Annual administration report of the Civil Veterinary Department of India - 1907-1908
Year: 1907
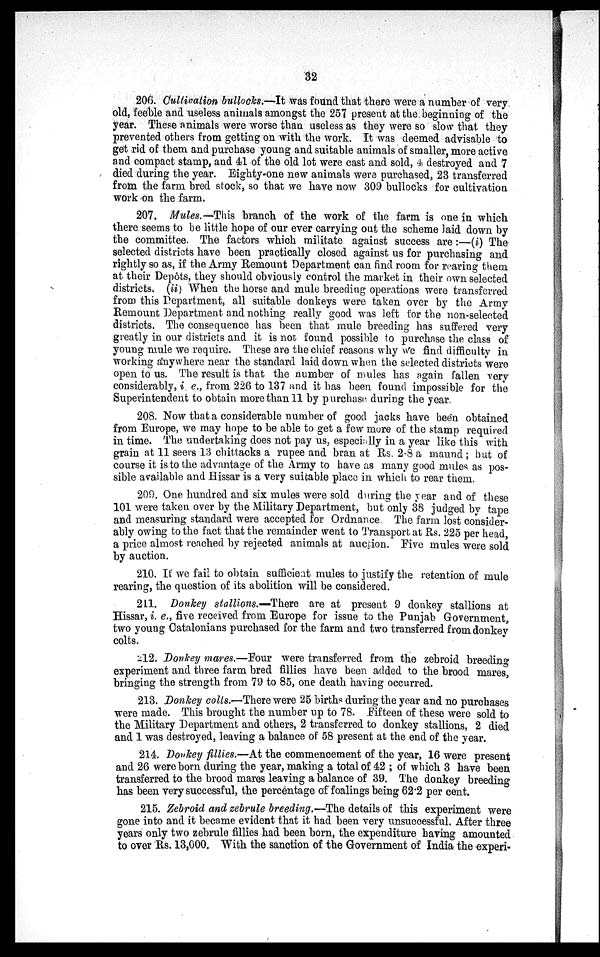
32
206. Cultivation bullocks.—It was found that there were a number of very
old, feeble and useless animals amongst the 257 present at the beginning of the
year. These animals were worse than useless as they were so slow that they
prevented others from getting on with the work. It was deemed advisable to
get rid of them and purchase young and suitable animals of smaller, more active
and compact stamp, and 41 of the old lot were cast and sold, 4 destroyed and 7
died during the year. Eighty-one new animals were purchased, 23 transferred
from the farm bred stock, so that we have now 309 bullocks for cultivation
work on the farm.
207. Mules.—This branch of the work of the farm is one in which
there seems to be little hope of our ever carrying out the scheme laid down by
the committee. The factors which militate against success are:—(i) The
selected districts have been practically closed against us for purchasing and
rightly so as, if the Army Remount Department can find room for rearing them
at their Depôts, they should obviously control the market in their own selected
districts. (ii) When the horse and mule breeding operations were transferred
from this Department, all suitable donkeys were taken over by the Army
Remount Department and nothing really good was left for the non-selected
districts. The consequence has been that mule breeding has suffered very
greatly in our districts and it is not found possible to purchase the class of
young mule we require. These are the chief reasons why we find difficulty in
working anywhere near the standard laid down when the selected districts were
open to us. The result is that the number of mules has again fallen very
considerably, i. e., from 226 to 137 and it has been found impossible for the
Superintendent to obtain more than 11 by purchase during the year.
208. Now that a considerable number of good jacks have been obtained
from Europe, we may hope to be able to get a few more of the stamp required
in time. The undertaking does not pay us, especially in a year like this with
grain at 11 seers 13 chittacks a rupee and bran at Rs. 2-8 a maund; but of
course it is to the advantage of the Army to have as many good mules as pos-
sible available and Hissar is a very suitable place in which to rear them.
209. One hundred and six mules were sold during the year and of these
101 were taken over by the Military Department, but only 38 judged by tape
and measuring standard were accepted for Ordnance The farm lost consider-
ably owing to the fact that the remainder went to Transport, at Rs. 225 per head,
a price almost reached by rejected animals at auction. Five mules were sold
by auction.
210. If we fail to obtain sufficient mules to justify the retention of mule
rearing, the question of its abolition will be considered.
211. Donkey stallions.—There are at present 9 donkey stallions at
Hissar, i. e., five received from Europe for issue to the Punjab Government,
two young Catalonians purchased for the farm and two transferred from donkey
colts.
212. Donkey mares.—Four were transferred from the zebroid breeding
experiment and three farm bred fillies have been added to the brood mares,
bringing the strength from 79 to 85, one death having occurred.
213. Donkey colts.—There were 25 births during the year and no purchases
were made. This brought the number up to 78. Fifteen of these were sold to
the Military Department and others, 2 transferred to donkey stallions, 2 died
and 1 was destroyed, leaving a balance of 58 present at the end of the year.
214. Donkey fillies.—At the commencement of the year, 16 were present
and 26 were born during the year, making a total of 42; of which 3 have been
transferred to the brood mares leaving a balance of 39. The donkey breeding
has been very successful, the percentage of foalings being 62.2 per cent.
215. Zebroid and zebrule breeding.—The details of this experiment were
gone into and it became evident that it had been very unsuccessful. After three
years only two zebrule fillies had been born, the expenditure having amounted
to over Rs. 13,000. With the sanction of the Government of India the experi-